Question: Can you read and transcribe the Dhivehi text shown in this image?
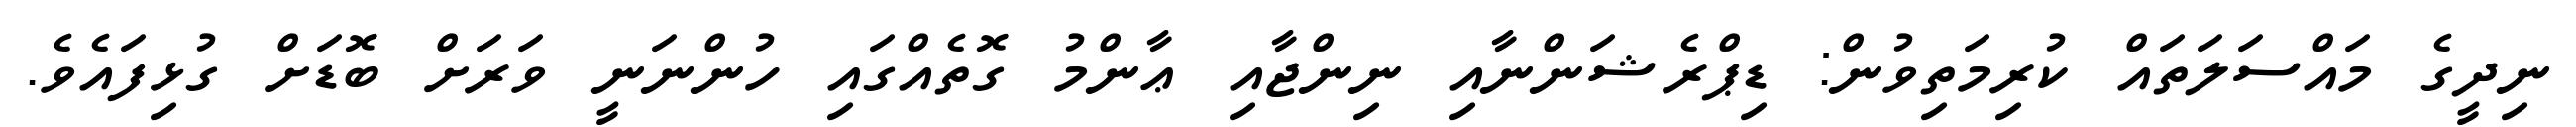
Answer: ނިދީގެ މައްސަލަތައް ކުރިމަތިވުން: ޑިޕްރެޝަންނާއި ނިންޖާއި ޢާންމު ގޮތެއްގައި ހުންނަނީ ވަރަށް ބޮޑަށް ގުޅިފައެވެ.